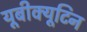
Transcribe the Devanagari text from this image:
यूबीक्यूटिन